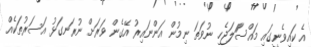
އެ ކައިވެނީގައި މައްސަަލަޖެހި ނުވަތަ ނިމުން އަންނައިރު އޭގެން ވަރަށް ނުރަނގަޅު އަސަރުތަކެއް